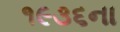
૧૯૩૬ના